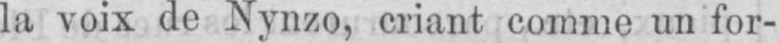
la voix de Nynzo, criant comme un for-